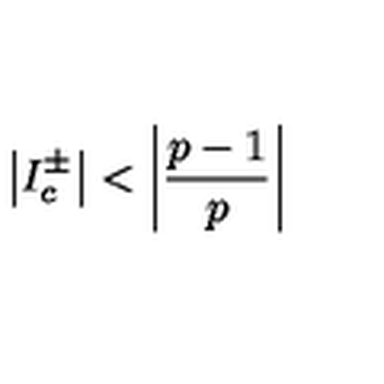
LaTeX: \left| I _ { c } ^ { \pm } \right| < \left| \displaystyle \frac { p - 1 } { p } \right|